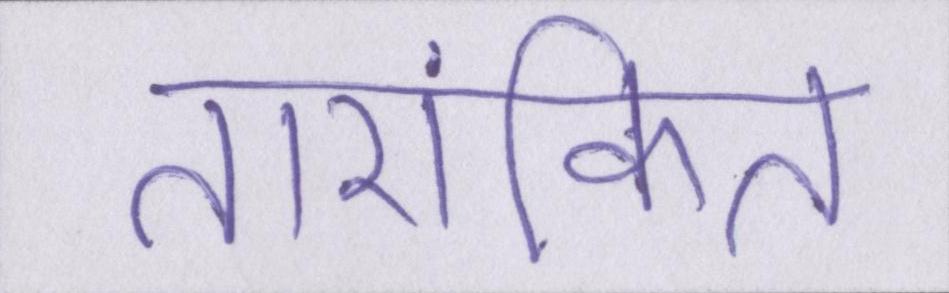
तारांकित